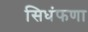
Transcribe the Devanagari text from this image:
सिधंफणा